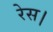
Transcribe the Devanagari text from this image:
रेस।